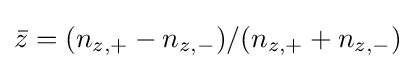
{\bar {z}}=(n_{z,+}-n_{z,-})/(n_{z,+}+n_{z,-})